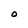
Character: O